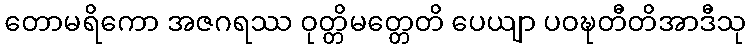
တောမရိကော အဇဂရဿ ဝုတ္တိမတ္တေတိ ပေယျာ ပဝဍ္ဎတီတိအာဒီသု